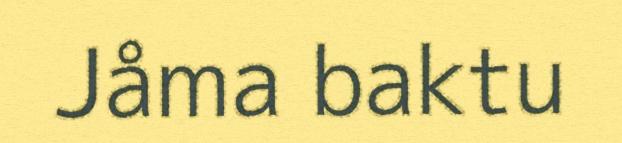
Jåma baktu